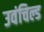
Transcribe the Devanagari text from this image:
उवंचिल्ड